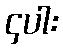
၄ပါး